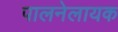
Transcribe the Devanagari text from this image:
पालनेलायक